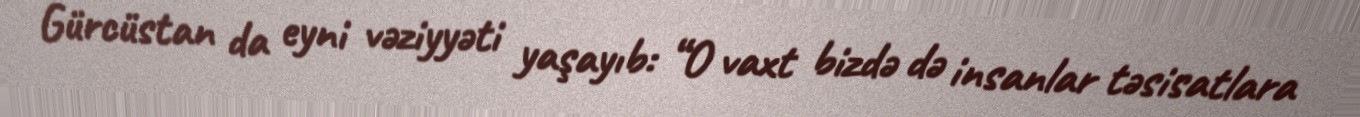
Gürcüstan da eyni vəziyyəti yaşayıb: “O vaxt bizdə də insanlar təsisatlara